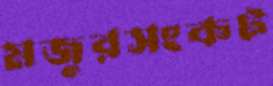
মজুরসংকট